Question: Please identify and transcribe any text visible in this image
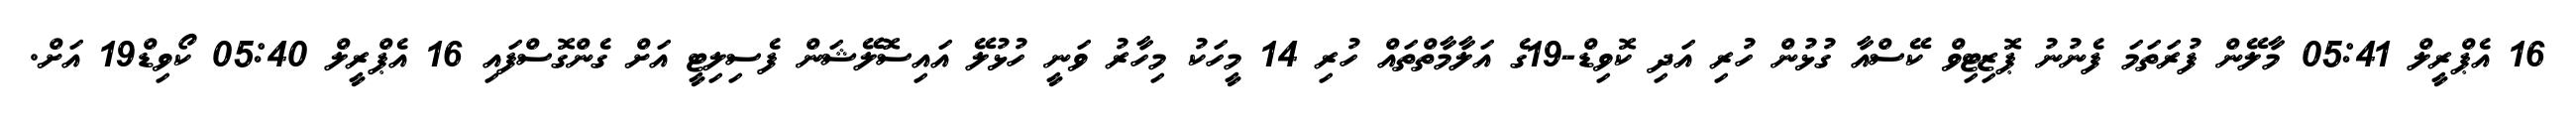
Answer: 16 އެޕްރީލް 05:41 މާލޭން ފުރަތަމަ ފެނުނު ޕޮޒިޓިވް ކޭސްއާ ގުޅުން ހުރި އަދި ކޮވިޑް-19ގެ އަލާމާތްތައް ހުރި 14 މީހަކު މިހާރު ވަނީ ހުޅުލޭ އައިސޮލޭޝަން ފެސިލިޓީ އަށް ގެންގޮސްފައި 16 އެޕްރީލް 05:40 ކޯވިޑް19 އަށް.